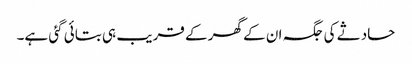
حادثے کی جگہ ان کے گھر کے قریب ہی بتائی گئی ہے۔